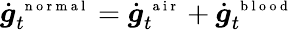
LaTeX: \dot{\boldsymbol g}_{t}^{\mathrm{~\scriptsize~n~o~r~m~a~l~}}=\dot{\boldsymbol g}_{t}^{\mathrm{~\scriptsize~a~i~r~}}+\dot{\boldsymbol g}_{t}^{\mathrm{~\scriptsize~b~l~o~o~d~}}